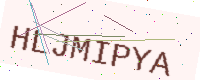
Text: HLJMIPYA